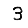
Digit: 3